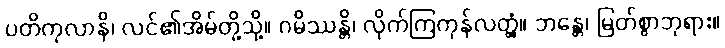
ပတိကုလာနိ၊ လင်၏အိမ်တို့သို့။ ဂမိဿန္တိ၊ လိုက်ကြကုန်လတ္တံ့။ ဘန္တေ၊ မြတ်စွာဘုရား။